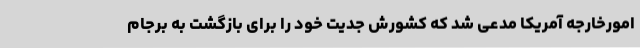
امورخارجه آمریکا مدعی شد که کشورش جدیت خود را برای بازگشت به برجام